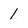
Character: 1